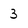
Character: 3